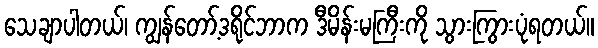
သေချာပါတယ်၊ ကျွန်တော့်ဒရိုင်ဘာက ဒီမိန်းမကြီးကို သွားကြွားပုံရတယ်။